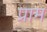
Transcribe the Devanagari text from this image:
प्राम